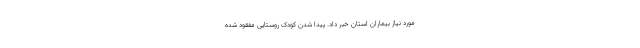
مورد نیاز بیماران استان خبر داد. پیدا شدن کودک روستایی مفقود شده